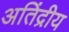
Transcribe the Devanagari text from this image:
अतिंद्रीय